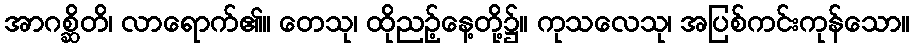
အာဂစ္ဆိတိ၊ လာရောက်၏။ တေသု၊ ထိုညဉ့်နေ့တို့၌။ ကုသလေသု၊ အပြစ်ကင်းကုန်သော။